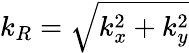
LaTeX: k_{R}=\sqrt{k_{x}^{2}+k_{y}^{2}}